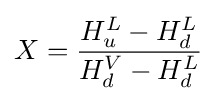
X={\frac {H_{u}^{L}-H_{d}^{L}}{H_{d}^{V}-H_{d}^{L}}}